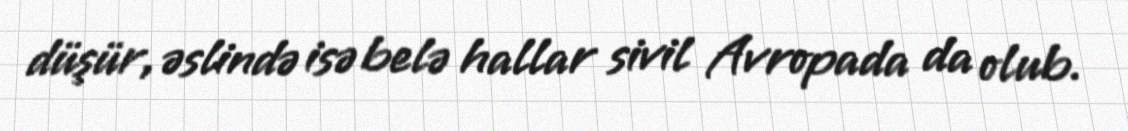
düşür, əslində isə belə hallar sivil Avropada da olub.